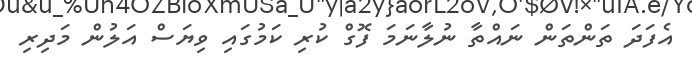
އެފަދަ ތަންތަން ނައްތާ ނުލާނަމަ ފޮގް ކުރި ކަމުގައި ވިޔަސް އަލުން މަދިރި